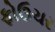
ફોઉચર